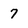
Character: 7